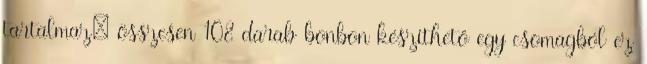
tartalmaz: összesen 108 darab bonbon készíthető egy csomagból ez